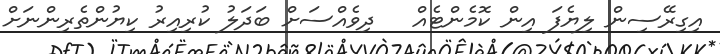
އިގިރޭސިން ލިޔެފަ އިން ކޮމެންޓެއް   ދިވެއްސަށް ބަދަލު ކުރިއިރު ކިޔުންތެރިންނަށް